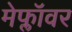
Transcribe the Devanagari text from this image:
मेफ्लॉवर